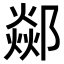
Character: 𨞇